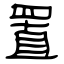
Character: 置